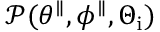
\mathcal { P } ( \theta ^ { \parallel } , \phi ^ { \parallel } , \Theta _ { \mathrm { i } } )